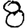
Digit: 8